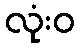
လုံးဝ